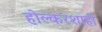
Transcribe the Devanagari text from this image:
होल्करशाही